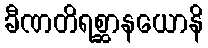
ခီဏတိရစ္ဆာနယောနိ